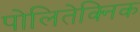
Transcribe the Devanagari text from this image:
पोलितेक्निक